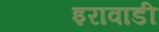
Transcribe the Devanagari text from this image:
इरावाडी